Annual report on the health of the army in India
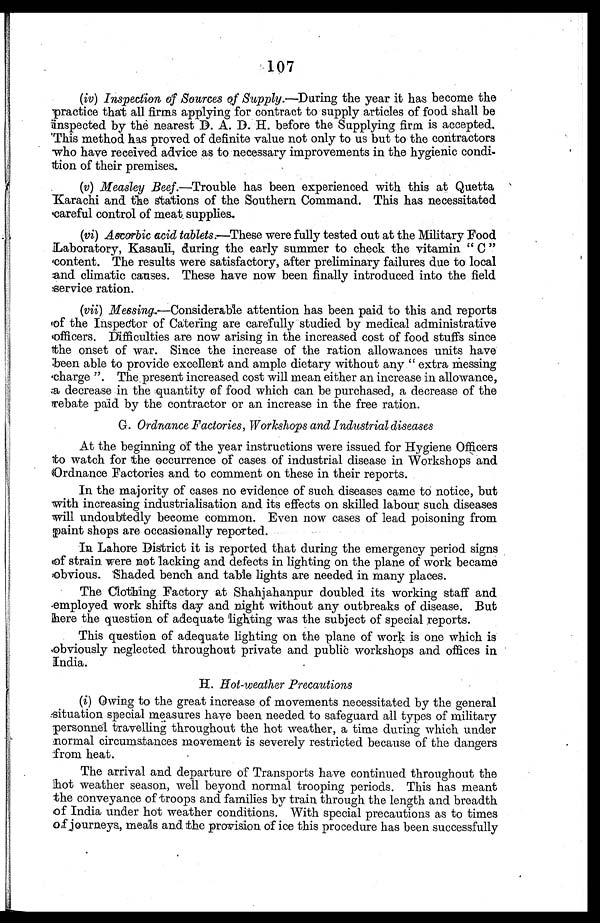
107
(iv) Inspection of Sources of Supply .—During the year it has become the
practice that all firms applying for contract to supply articles of food shall be
inspected by the nearest D. A. D. H. before the Supplying firm is accepted.
This method has proved of definite value not only to us but to the contractors
who have received advice as to necessary improvements in the hygienic condi
- t i o n o f t h e i r p r e m i s e s .
(v) Measley Beef.—Trouble has been experienced with this at Quetta
-Karachi and the stations of the Southern Command. This has necessitated
careful control of meat. supplies.
(vi) Ascorbic acid tablets.—These were fully tested out at the Military Food
L a b o r a t o r y , K a s a u l i , d u r i n g t h e e a r l y s u m m e r t o c h e c k t h e v i t a m i n " C "
content. The results were satisfactory, after preliminary failures due to local
and climatic causes. These have now been finally introduced into the field
service ration.
(vii) Messing.—Considerable attention has been paid to this and reports
of the Inspector of Catering are carefully studied by medical administrative
officers. Difficulties are now arising in the increased cost of food stuffs since
the onset of war. Since the increase of the ration allowances units have
been able to provide excellent and ample dietary without any "extra messing
charge". The present increased cost will mean either an increase in allowance,
a decrease in the quantity of food which can be purchased, a decrease of the
rebate paid by the contractor or an increase in the free ration.
G. Ordnance Factories, Workshops and Industrial diseases
At the beginning of the year instructions were issued for Hygiene Officers
to watch for the occurrence of cases of industrial disease in Workshops and
Ordnance Factories and to comment on these in their reports.
In the majority of cases no evidence of such diseases came to notice, but
with increasing industrialisation and its effects on skilled labour such diseases
will undoubtedly become common. Even now cases of lead poisoning from
paint shops are occasionally reported.
In Lahore District it is reported that during the emergency period signs
of strain were not lacking and defects in lighting on the plane of work became
obvious. Shaded bench and table lights are needed in many places.
The Clothing Factory at Shahjahanpur doubled its working staff and
employed work shifts day and night without any outbreaks of disease. But
here the question of adequate lighting was the subject of special reports.
This question of adequate lighting on the plane of work is one which is
obviously neglected throughout private and public workshops and offices in
India.
H. Hot-weather Precautions
(i) Owing to the great increase of movements necessitated by the general
situation special measures have been needed to safeguard all types of military
personnel travelling throughout the hot weather, a time during which under
normal circumstances movement is severely restricted because of the dangers
from heat.
The arrival and departure of Transports have continued throughout the
hot weather season, well beyond normal trooping periods. This has meant
the conveyance of troops and families by train through the length and breadth
of India under hot weather conditions. With special precautions as to times
of journeys, meals and the provision of ice this procedure has been successfully